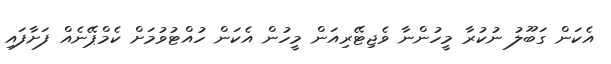
އެކަން ގަބޫލު ނުކުރާ މީހުންނާ ވެޖިޓޭރިއަން މީހުން އެކަން ހުއްޓުވުމަށް ކެމްޕޭނެއް ފަށާފައި